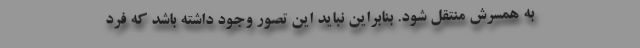
به همسرش منتقل شود. بنابراین نباید این تصور وجود داشته باشد که فرد